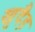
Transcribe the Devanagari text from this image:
खुदैड़